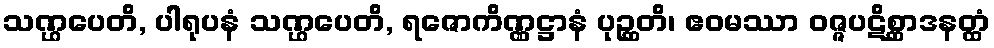
သဏ္ဌပေတိ, ပါရုပနံ သဏ္ဌပေတိ, ရဇောကိဏ္ဏဋ္ဌာနံ ပုဉ္ဆတိ၊ ဧဝမဿာ ဝဇ္ဇပဋိစ္ဆာဒနတ္ထံ